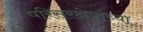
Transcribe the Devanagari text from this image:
परिसरक्षेत्रांच्या